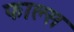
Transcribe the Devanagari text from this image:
फाल्‍स